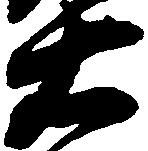
右